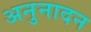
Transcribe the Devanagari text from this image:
अनुनादन